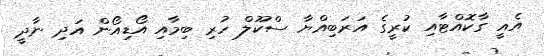
އެއީ ގާކޮއްޓާއި ކުރީގެ އަރަބިއްޔާ ސްކޫލް ހުރި ބިމާއި އޯޑިއޯން އަދި ނާދީ